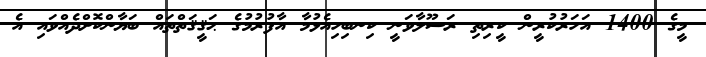
މީގެ 1400 އަހަރުކުރީން ކީރިތި ރަސޫލާވަނީ ކިނބިހިއެޅުމާ އާފުރުމުގެ ޙަޤީޤަތްތައް ބަޔާންކޮށްދެއްވައި އެ